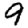
Digit: 9